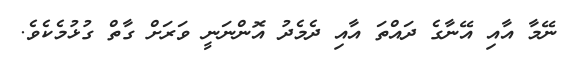
ނޭމާ އާއި އޭނާގެ ދައްތަ އާއި ދެމެދު އޮންނަނީ ވަރަށް ގާތް ގުޅުމެކެވެ.